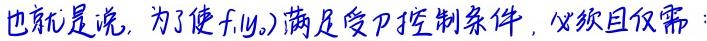
也就是说，为了使 \( f(y) \) 满足受 \( p \) 控制条件，必须且仅需：